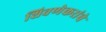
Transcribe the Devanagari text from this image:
शिवणेकरांचे